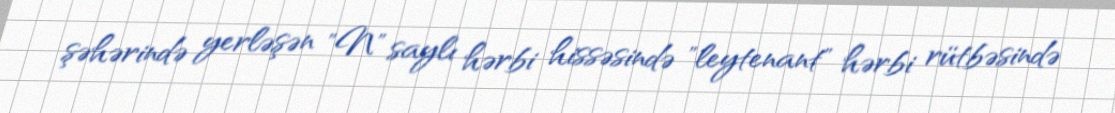
şəhərində yerləşən "N" saylı hərbi hissəsində "leytenant" hərbi rütbəsində